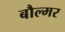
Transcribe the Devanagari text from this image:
बौल्मर